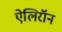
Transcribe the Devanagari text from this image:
ऐलिरॉन